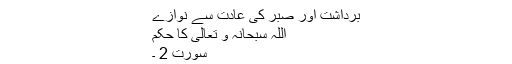
برداشت اور صبر کی عادت سے نوازے
اللہ سُبحانُہُ و تعالٰی کا حُکم
سورت 2 ۔